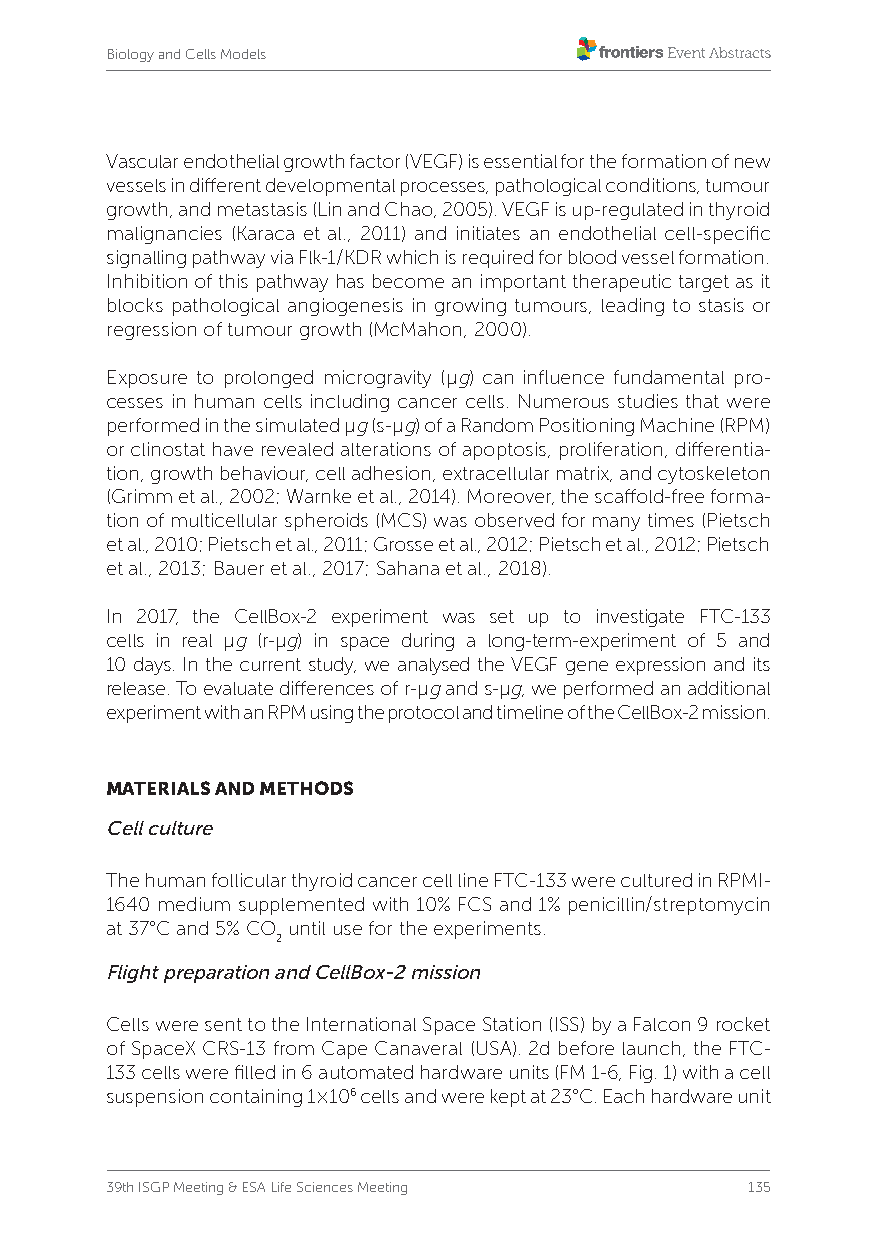
Biology and Cells Models
 Vascular endothelial growth factor (VEGF) is essential for the formation of new
 vessels in different developmental processes, pathological conditions, tumour
 growth, and metastasis (Lin and Chao, 2005). VEGF is up-regulated in thyroid
 malignancies (Karaca et al., 2011) and initiates an endothelial cell-specific
 signalling pathway via Flk-1/KDR which is required for blood vessel formation.
 Inhibition of this pathway has become an important therapeutic target as it
 blocks pathological angiogenesis in growing tumours, leading to stasis or
 regression of tumour growth (McMahon, 2000).
 Exposure to prolonged microgravity (µg) can influence fundamental pro-
 cesses in human cells including cancer cells. Numerous studies that were
 performed in the simulated µg (s-µg) of a Random Positioning Machine (RPM)
 or clinostat have revealed alterations of apoptosis, proliferation, differentia-
 tion, growth behaviour, cell adhesion, extracellular matrix, and cytoskeleton
 (Grimm et al., 2002; Warnke et al., 2014). Moreover, the scaffold-free forma-
 tion of multicellular spheroids (MCS) was observed for many times (Pietsch
 et al., 2010; Pietsch et al., 2011; Grosse et al., 2012; Pietsch et al., 2012; Pietsch
 et al., 2013; Bauer et al., 2017; Sahana et al., 2018).
 In 2017, the CellBox-2 experiment was set up to investigate FTC-133
 cells in real µg (r-µg) in space during a long-term-experiment of 5 and
 10 days. In the current study, we analysed the VEGF gene expression and its
 release. To evaluate differences of r-µg and s-µg, we performed an additional
 experiment with an RPM using the protocol and timeline of the CellBox-2 mission.
 MATERIALS AND METHODS
 Cell culture
 The human follicular thyroid cancer cell line FTC-133 were cultured in RPMI-
 1640 medium supplemented with 10% FCS and 1% penicillin/streptomycin
 at 37°C and 5% CO until use for the experiments.
 2
 Flight preparation and CellBox-2 mission
 Cells were sent to the International Space Station (ISS) by a Falcon 9 rocket
 of SpaceX CRS-13 from Cape Canaveral (USA). 2d before launch, the FTC-
 133 cells were filled in 6 automated hardware units (FM 1-6, Fig. 1) with a cell
 suspension containing 1×106 cells and were kept at 23°C. Each hardware unit
 39th ISGP Meeting & ESA Life Sciences Meeting 135